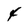
Character: 4